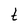
Character: t